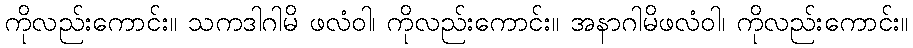
ကိုလည်းကောင်း။ သကဒါဂါမိ ဖလံဝါ၊ ကိုလည်းကောင်း။ အနာဂါမိဖလံဝါ၊ ကိုလည်းကောင်း။